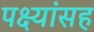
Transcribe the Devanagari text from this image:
पक्ष्यांसह